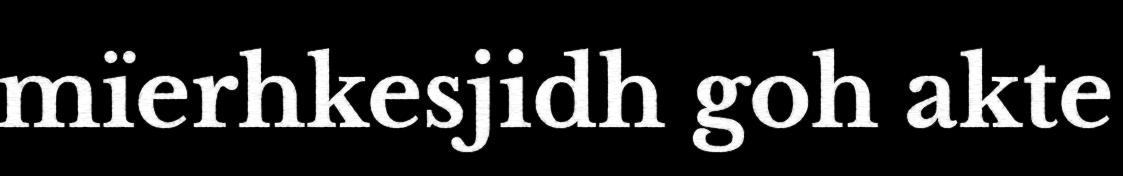
mïerhkesjidh goh akte